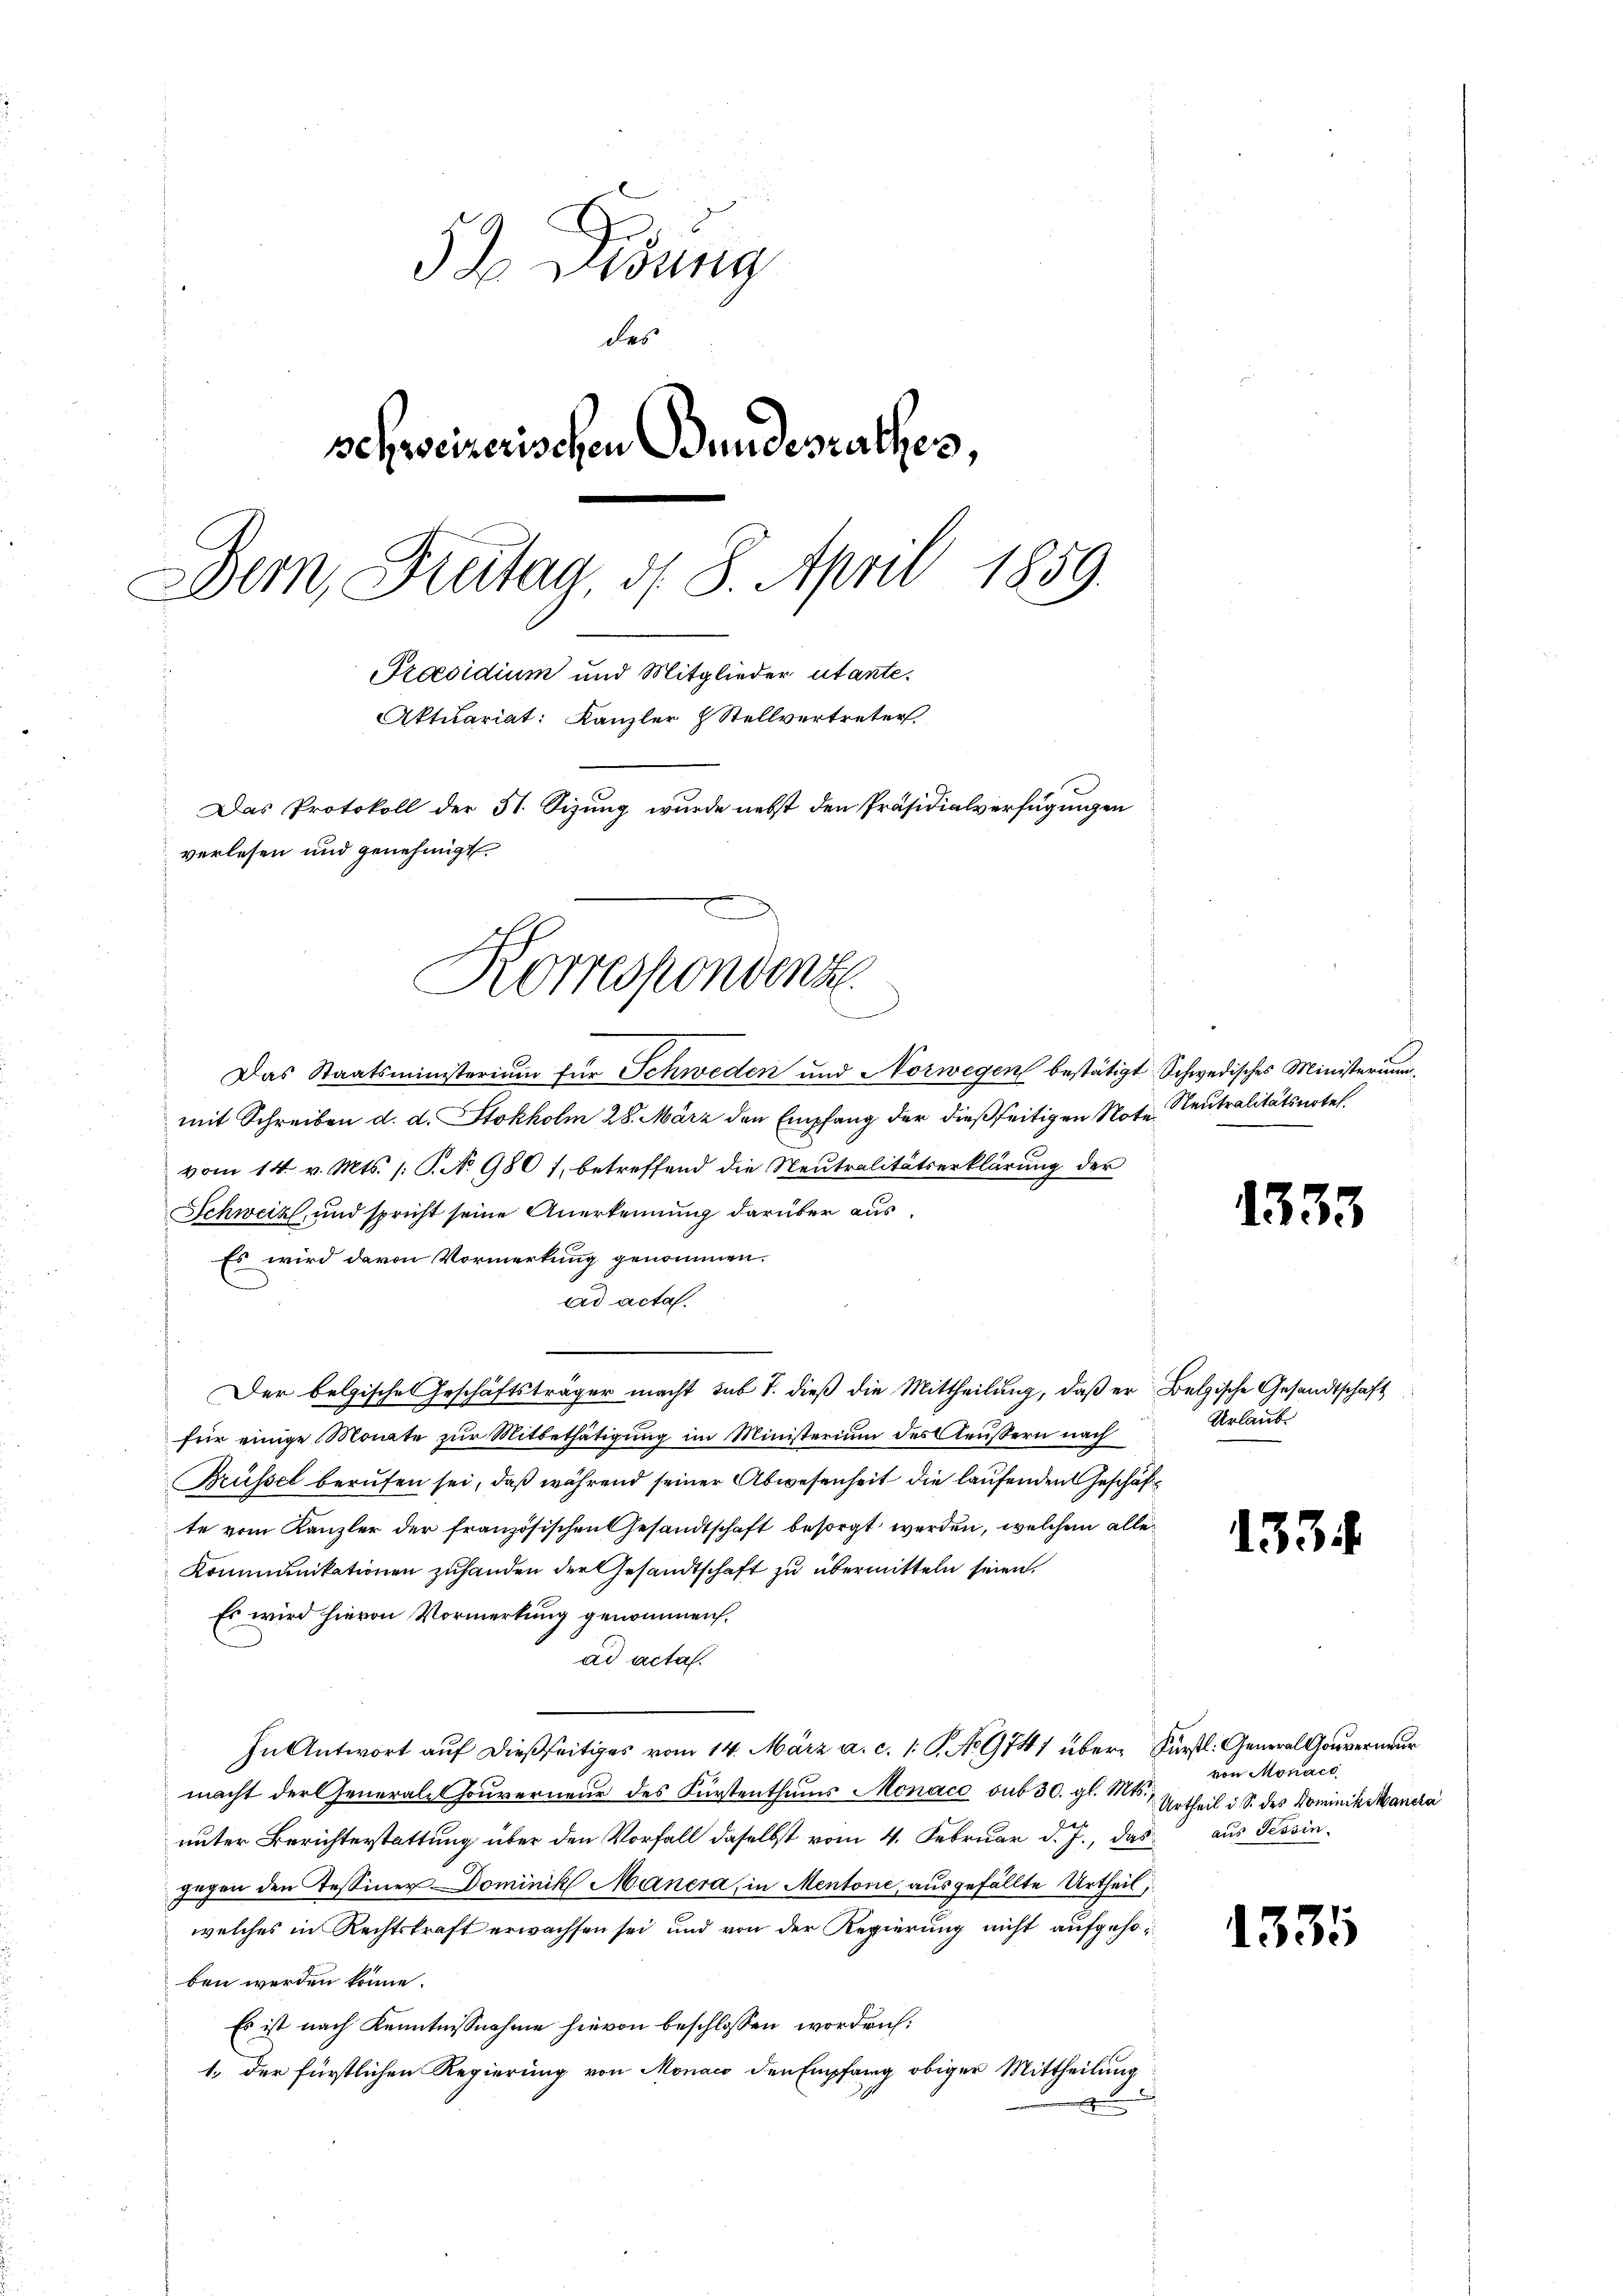
3). Disung
des
schweizerischen Bundesrathes,
Dem Freitag, d. 8. April 1859.
Praesidium und Mitglieder utante¬
Aktuariat: Kanzler Stellvertreter
Das Protokoll der 51. Sizung wurde nebst den Präsidialverfügungen
verlesen und genehmigt.

Das Staatsministerium für Schweden und Norwegen bestätigt, Schwedisches Ministerium,
mit Schreiben d. d. Stokholm 28. März den Empfang der dießseitigen Note Neutralitätsnotel.
vom 14. v. Mts. (: P. N. 980 f. betreffend die Neutralitätserklärung der
Schweiz, und spricht seine Anerkennung darüber aus¬
Es wird davon Vormerkung genommen.
ad acta.
Der belgische Geschäftsträger macht sub 1. dieß die Mittheilung, daß er Belgische Gesandtschaft
für einige Monte zur Mitbethätigung im Ministerium des Aeußern nach
Brüssel berufen sei, daß während seiner Abwesenheit die laufenden Geschäfte vom Kanzler der französischen Gesandtschaft besorgt werden, welchem alle
Kommunikationen zuhanden der Gesandtschaft zu übermitteln seien.
Es wird hievon Vormerkung genommen.
ad acta.
In Antwort auf dießseitiges vom 14. März a. c. 1 S. No 9741 über- Fürstl. General Gouverneur
macht der General- Gouverneur des Fürstenthums Monaco sub 30. gl. Mts. Urtheil i. S. des Dominik Mancra
unter Berichterstattung über den Vorfall daselbst vom 4. Februar d. J., das
gegen den Tessiner Dominik Manera, in Mentone, ausgefällte Urtheil;
welches in Rechtskraft erwachsen sei und von der Regierung nicht aufgehöben werden könne.
Es ist nach Kenntnißnahme hievon beschlossen worden:
1., der fürstlichen Regierung von Monaco den Empfang obiger Mittheilung
a
d

.

Korrespondenz

1333

Urlaub

1334

1335

von Monach
aus Tessin.